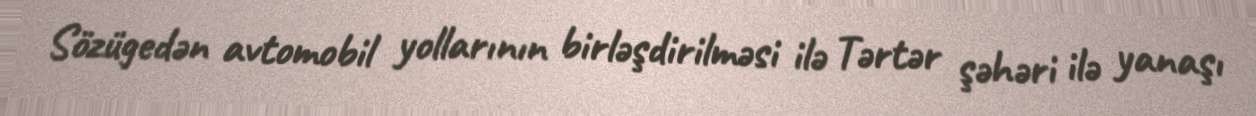
Sözügedən avtomobil yollarının birləşdirilməsi ilə Tərtər şəhəri ilə yanaşı